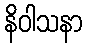
နိဝါသနာ